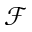
\mathcal { F }